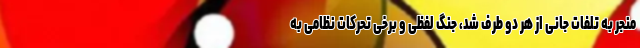
منجر به تلفات جانی از هر دو طرف شد، جنگ لفظی و برخی تحرکات نظامی به